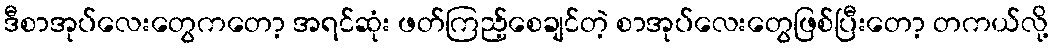
ဒီစာအုပ်လေးတွေကတော့ အရင်ဆုံး ဖတ်ကြည့်စေချင်တဲ့ စာအုပ်လေးတွေဖြစ်ပြီးတော့ တကယ်လို့